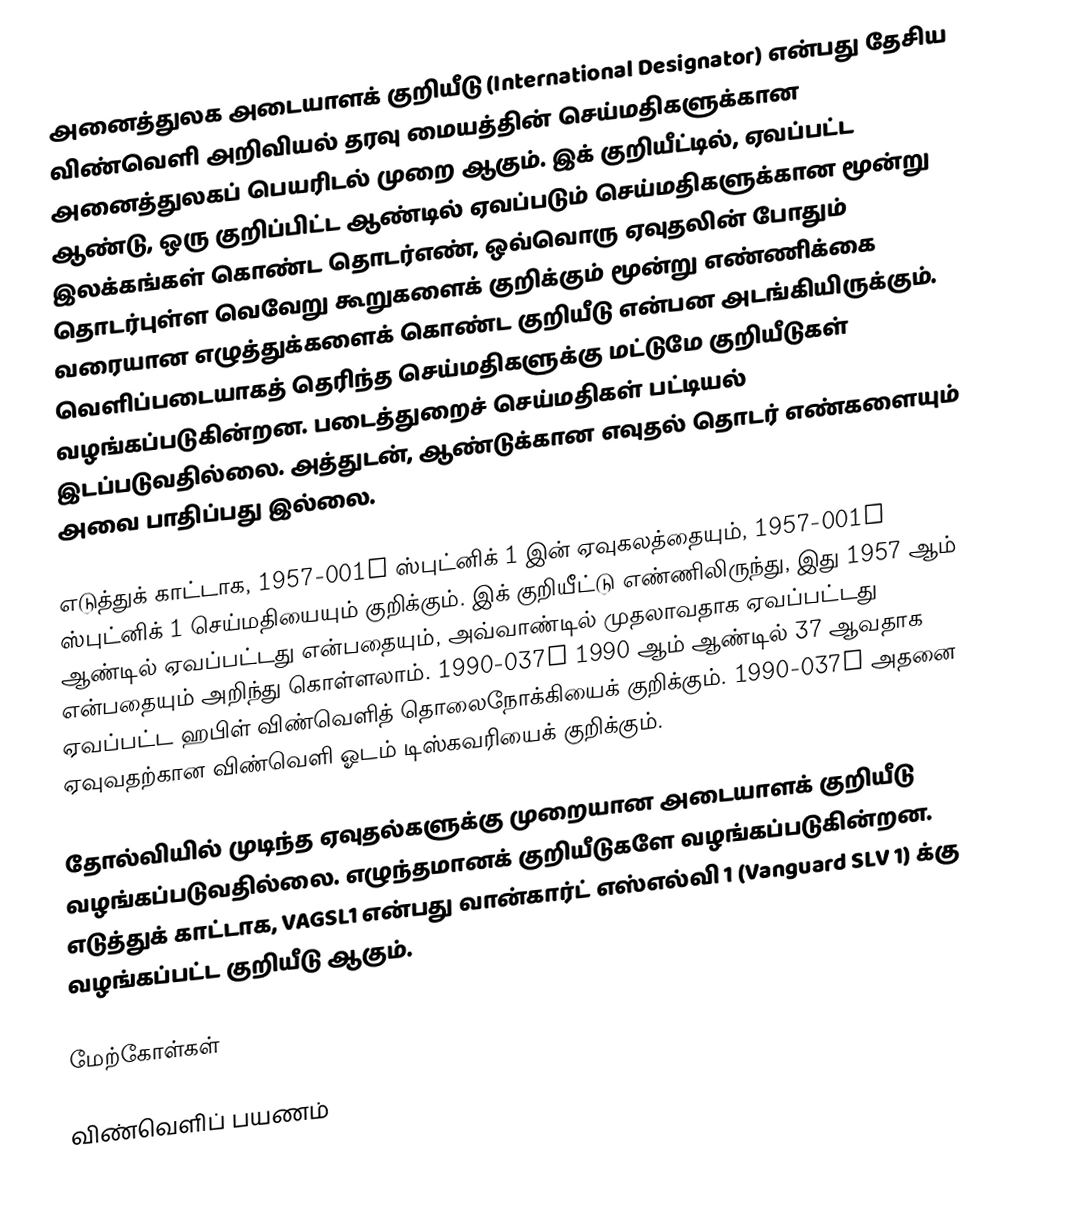
அனைத்துலக அடையாளக் குறியீடு (International Designator) என்பது தேசிய விண்வெளி அறிவியல் தரவு மையத்தின் செய்மதிகளுக்கான அனைத்துலகப் பெயரிடல் முறை ஆகும். இக் குறியீட்டில், ஏவப்பட்ட ஆண்டு, ஒரு குறிப்பிட்ட ஆண்டில் ஏவப்படும் செய்மதிகளுக்கான மூன்று இலக்கங்கள் கொண்ட தொடர்எண், ஒவ்வொரு ஏவுதலின் போதும் தொடர்புள்ள வெவேறு கூறுகளைக் குறிக்கும் மூன்று எண்ணிக்கை வரையான எழுத்துக்களைக் கொண்ட குறியீடு என்பன அடங்கியிருக்கும். வெளிப்படையாகத் தெரிந்த செய்மதிகளுக்கு மட்டுமே குறியீடுகள் வழங்கப்படுகின்றன. படைத்துறைச் செய்மதிகள் பட்டியல் இடப்படுவதில்லை. அத்துடன், ஆண்டுக்கான எவுதல் தொடர் எண்களையும் அவை பாதிப்பது இல்லை.

எடுத்துக் காட்டாக, 1957-001A ஸ்புட்னிக் 1 இன் ஏவுகலத்தையும், 1957-001B ஸ்புட்னிக் 1 செய்மதியையும் குறிக்கும். இக் குறியீட்டு எண்ணிலிருந்து, இது 1957 ஆம் ஆண்டில் ஏவப்பட்டது என்பதையும், அவ்வாண்டில் முதலாவதாக ஏவப்பட்டது என்பதையும் அறிந்து கொள்ளலாம். 1990-037B 1990 ஆம் ஆண்டில் 37 ஆவதாக ஏவப்பட்ட ஹபிள் விண்வெளித் தொலைநோக்கியைக் குறிக்கும். 1990-037A அதனை ஏவுவதற்கான விண்வெளி ஓடம் டிஸ்கவரியைக் குறிக்கும்.

தோல்வியில் முடிந்த ஏவுதல்களுக்கு முறையான அடையாளக் குறியீடு வழங்கப்படுவதில்லை. எழுந்தமானக் குறியீடுகளே வழங்கப்படுகின்றன. எடுத்துக் காட்டாக, VAGSL1 என்பது வான்கார்ட் எஸ்எல்வி 1 (Vanguard SLV 1) க்கு வழங்கப்பட்ட குறியீடு ஆகும்.

மேற்கோள்கள்

விண்வெளிப் பயணம்